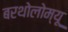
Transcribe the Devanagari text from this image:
बरथोलोम्यू